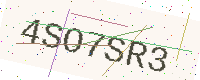
Text: 4SO7SR3